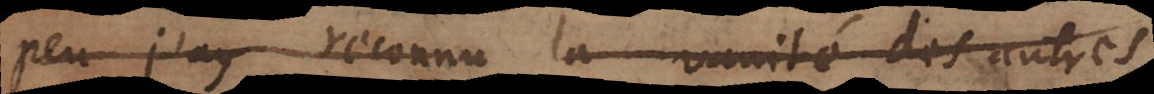
peu j’ay réconnu la vanité des autres